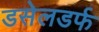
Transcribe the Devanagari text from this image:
डसेलडर्फ